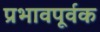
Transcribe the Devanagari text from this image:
प्रभावपूर्वक